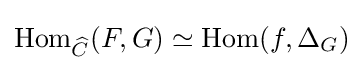
\operatorname {Hom} _{\widehat {C}}(F,G)\simeq \operatorname {Hom} (f,\Delta _{G})